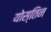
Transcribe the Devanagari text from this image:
योस्तिन